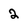
Character: 2